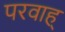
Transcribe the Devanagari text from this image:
परवाह्